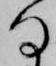
る